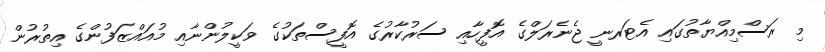
މި ރަސްމިއްޔާތުގައި އެޓަރނީ ޖެނެރަލްގެ އޮފީހާއި ސަރުކާރުގެ އޮފީސްތަކުގެ ވަކީލުންނާއި މުއައްޒަފުންގެ އިތުރުން